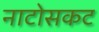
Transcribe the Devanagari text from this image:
नाटोसकट